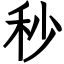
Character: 秒